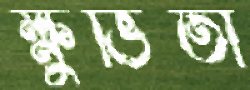
ক্ষুভিতা